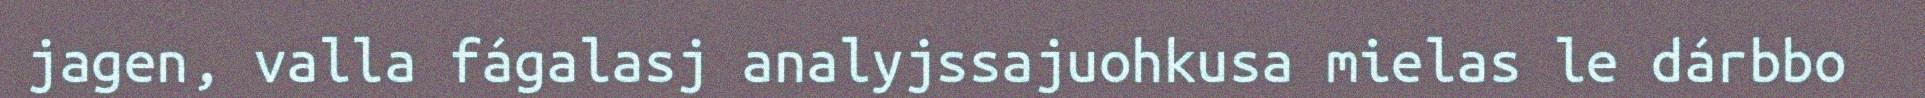
jagen, valla fágalasj analyjssajuohkusa mielas le dárbbo